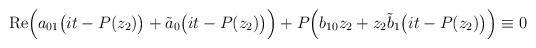
LaTeX: \begin{align*}\mathrm{Re}\Big(a_{01}\big(it-P(z_2)\big)+\tilde a_0\big(it-P(z_2)\big)\Big)+P\Big(b_{10}z_2+z_2 \tilde b_{1}\big(it-P(z_2)\big)\Big)\equiv 0\end{align*}